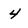
Character: 4